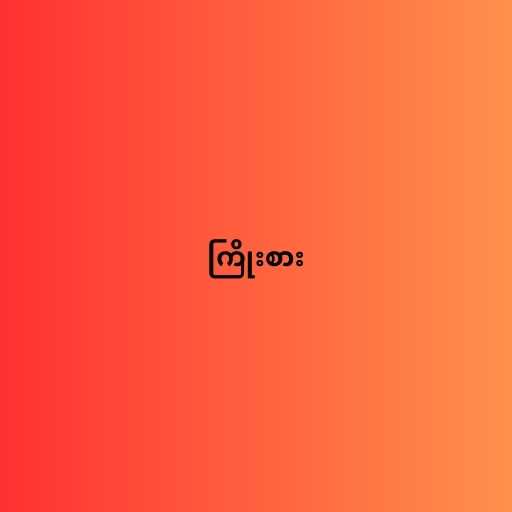
ကြိုးစား